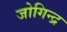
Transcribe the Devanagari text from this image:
जोगिन्द्र